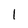
Character: I